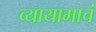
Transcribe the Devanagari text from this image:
व्यायामाचं